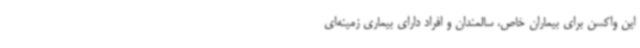
این واکسن برای بیماران خاص، سالمندان و افراد دارای بیماری زمینه‌ای